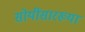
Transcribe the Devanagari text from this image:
सोयींसारख्या